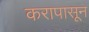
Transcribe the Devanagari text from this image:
करापासून